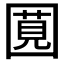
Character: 𪢯